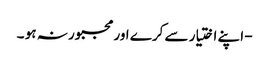
- اپنے اختیار سے کرے اورمجبور نہ ہو ۔